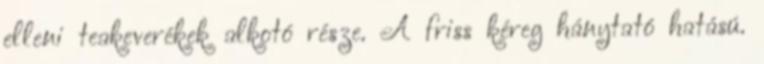
elleni teakeverékek alkotó része. A friss kéreg hánytató hatású.